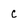
Character: c